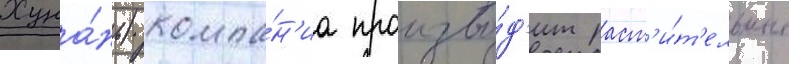
Хуна́нь) компа́н'иа произво́д'ит раст'и́т'ельные